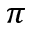
\pi